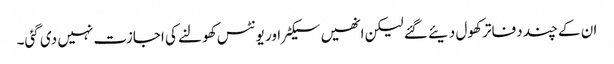
ان کے چند دفاتر کھول دیئے گئے لیکن انھیں سیکٹر اور یونٹس کھولنے کی اجازت نہیں دی گئی۔